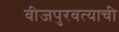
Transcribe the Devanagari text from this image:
वीजपुरवत्याची